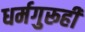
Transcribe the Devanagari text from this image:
धर्मगुरूही